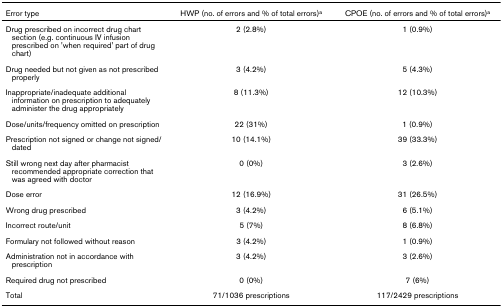
| Error type | HWP (no. of errors and % of total errors)a | CPOE (no. of errors and % of total errors)a |
 | --- | --- | --- |
 | Drug prescribed on incorrect drug chart section (e.g. continuous IV infusion prescribed on 'when required' part of drug chart) | 2 (2.8%) | 1 (0.9%) |
 | Drug needed but not given as not prescribed properly | 3 (4.2%) | 5 (4.3%) |
 | Inappropriate/inadequate additional information on prescription to adequately administer the drug appropriately | 8 (11.3%) | 12 (10.3%) |
 | Dose/units/frequency omitted on prescription | 22 (31%) | 1 (0.9%) |
 | Prescription not signed or change not signed/dated | 10 (14.1%) | 39 (33.3%) |
 | Still wrong next day after pharmacist recommended appropriate correction that was agreed with doctor | 0 (0%) | 3 (2.6%) |
 | Dose error | 12 (16.9%) | 31 (26.5%) |
 | Wrong drug prescribed | 3 (4.2%) | 6 (5.1%) |
 | Incorrect route/unit | 5 (7%) | 8 (6.8%) |
 | Formulary not followed without reason | 3 (4.2%) | 1 (0.9%) |
 | Administration not in accordance with prescription | 3 (4.2%) | 3 (2.6%) |
 | Required drug not prescribed | 0 (0%) | 7 (6%) |
 | Total | 71/1036 prescriptions | 117/2429 prescriptions |